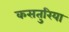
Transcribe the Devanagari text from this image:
कसतुरिया